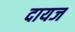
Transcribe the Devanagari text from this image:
दायज